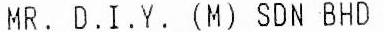
MR. D.I.Y. (M) SDN BHD